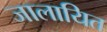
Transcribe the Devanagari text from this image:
जालायित